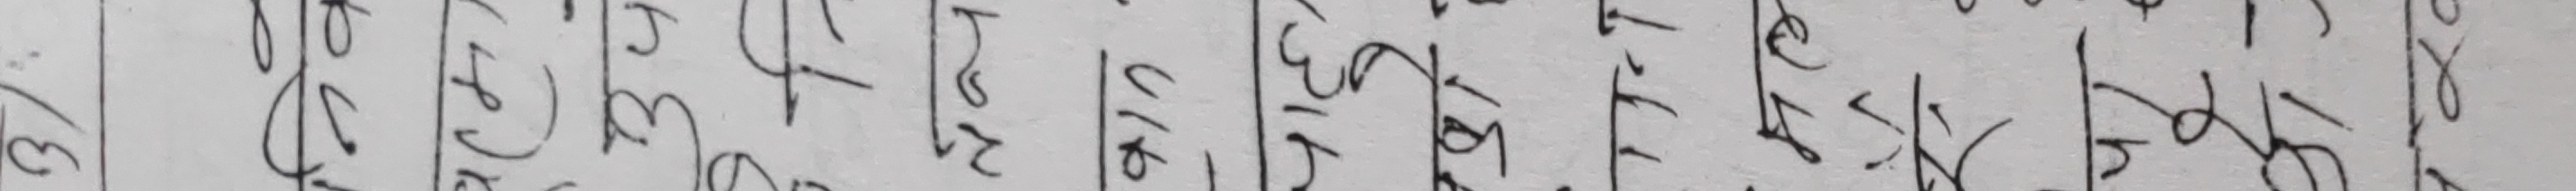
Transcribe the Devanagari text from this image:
३. वे (५) को किस्ता ४१/६ १,५१६/५४ गते तिरनहने ।